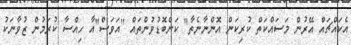
އެކައްޗައް އޭރުން މަސައްކަތް ކުރިކަން އޮންނާނެތާ" ކަންބޮޑުވުންތައް "އަވަސް"އާ ހިއްސާ ކުރަމުން ޒުވާނަކު